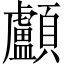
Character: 顱